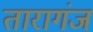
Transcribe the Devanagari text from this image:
तारागंज